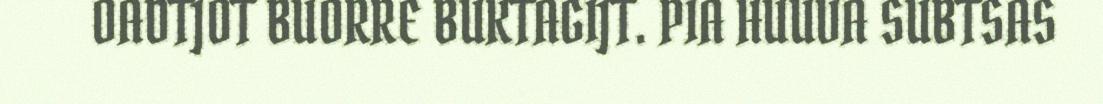
OADTJOT BUORRE BUKTAGIJT. PIA HUUVA SUBTSAS